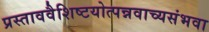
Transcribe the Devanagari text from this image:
प्रस्ताववैशिष्टयोत्पन्नवाच्यसंभवा